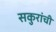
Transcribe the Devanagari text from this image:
सकुरांची